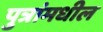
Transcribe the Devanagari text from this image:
पुत्रांमधील